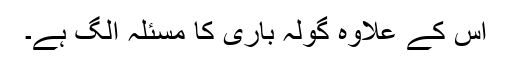
اس کے علاوہ گولہ باری کا مسئلہ الگ ہے۔